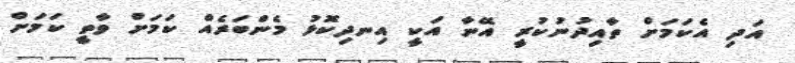
އަދި އެކަމަށް ތާއިދުނުކުރީ އޭނާ އަކީ އިނދިކޮޅު މެންބަރެއް ކަމަށް ވާތީ ކަމަށް